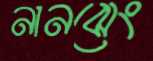
নানঝেং